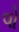
વો